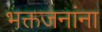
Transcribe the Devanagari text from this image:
भक्तजनांना